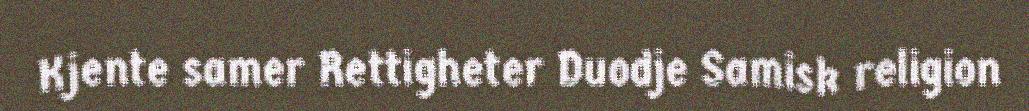
Kjente samer Rettigheter Duodje Samisk religion